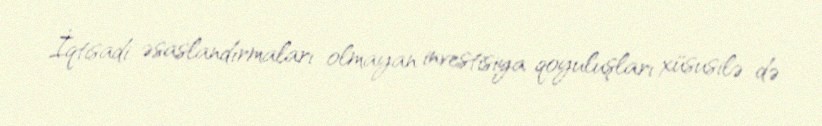
İqtisadi əsaslandırmaları olmayan investisiya qoyuluşları xüsusilə də